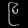
Digit: ၉